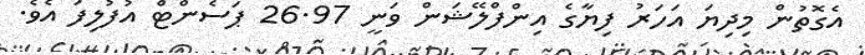
އެގޮތުން މިދިޔަ އަހަރު ފިޔާގެ އިންފްލޭޝަން ވަނީ 26.97 ޕަސެންޓް އުފުލިފަ އެވެ.